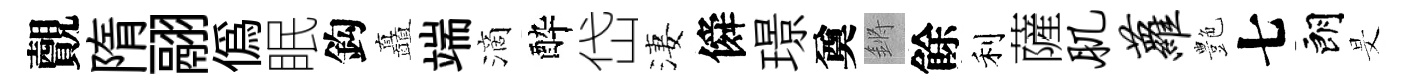
覿隋翮偽眠鈎矗端滴酔岱淒僢璟奠鏘餘利薩肌萝艶七朗旻